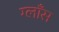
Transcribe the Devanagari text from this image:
ग्लाँस